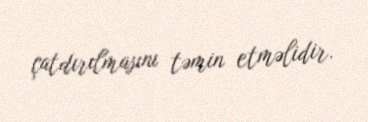
çatdırılmasını təmin etməlidir.